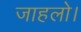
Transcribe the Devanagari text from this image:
जाहलो।